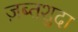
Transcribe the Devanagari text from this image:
ज़ब्तशुदा